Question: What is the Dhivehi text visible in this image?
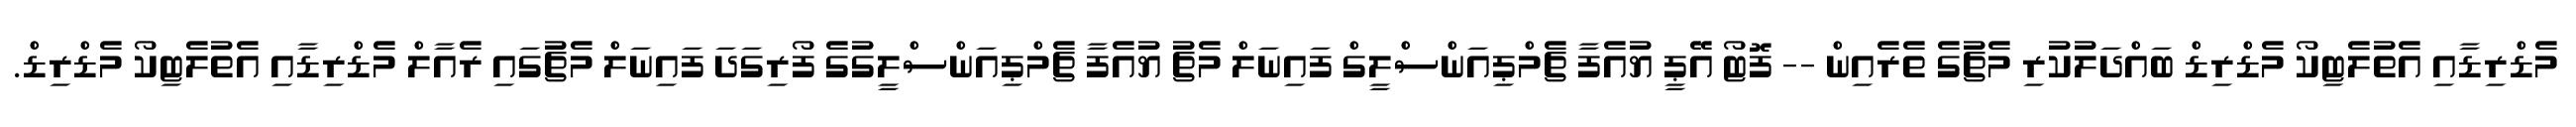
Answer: މެޑްރިޑާއި އެތުލެޓިކޯ މެޑްރިޑް ބައްދަލުކުރި މެޗުގެ ތެރެއިން -- ފޮޓޯ އޭޕީ ޔުއެފާ ޗެމްޕިއަންސްލީގް ފައިނަލް މެޗު ޔުއެފާ ޗެމްޕިއަންސްލީގުގެ ފޯރިގަދަ ފައިނަލް މެޗުގައި ރެއާލް މެޑްރިޑާއި އެތުލެޓިކޯ މެޑްރިޑް.